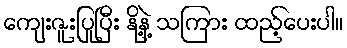
ကျေးဇူးပြုပြီး နို့နဲ့ သကြား ထည့်ပေးပါ။